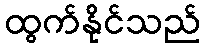
ထွက်နိုင်သည်